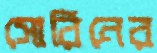
সোরিনের